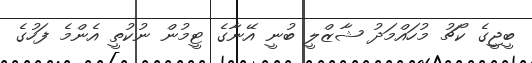
ބީޖީގެ ކޯޗު މުހައްމަދު ޝާޒްލީ ބުނީ އޭނާގެ ޓީމުން ނުކުތީ އެންމެ ފަހުގެ